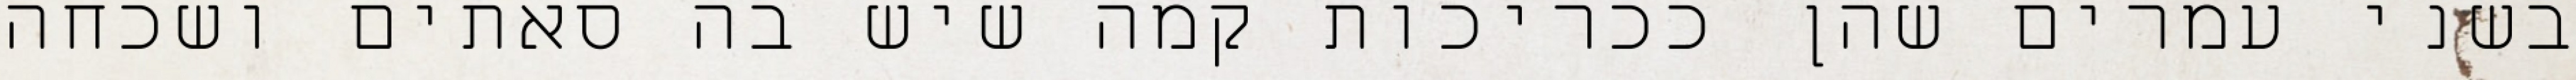
בשני עמרים שהן ככריכות קמה שיש בה סאתים ושכחה